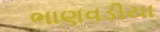
ભાણવડીયા